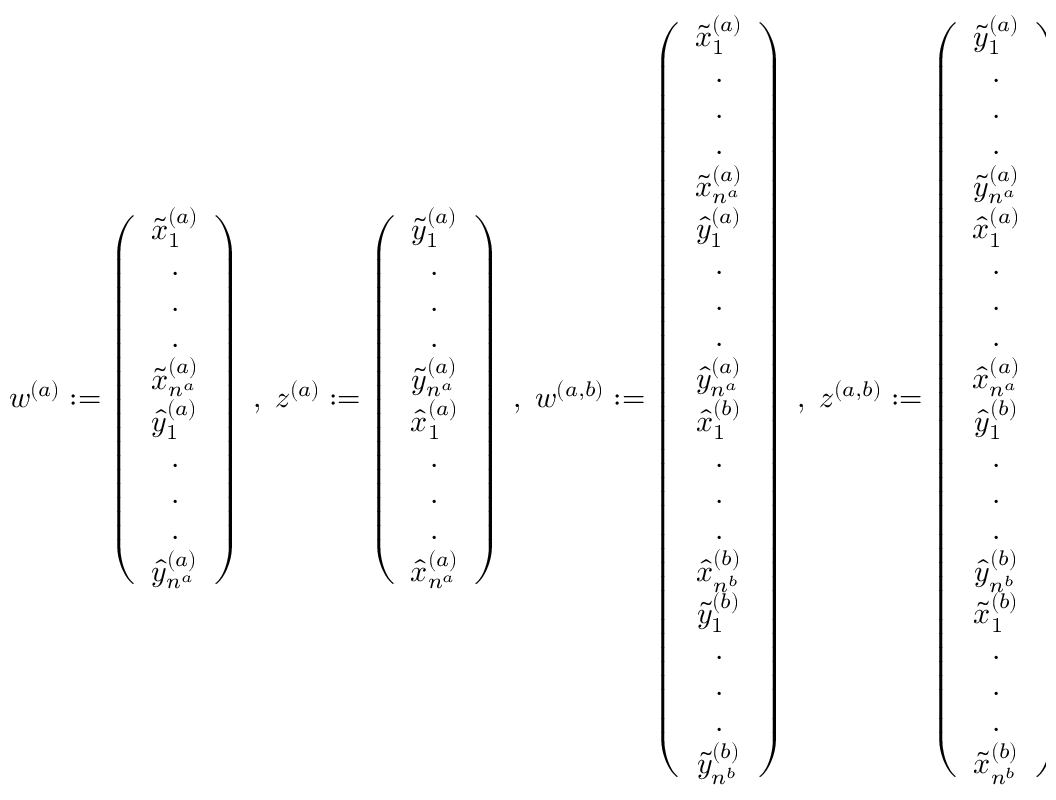
w ^ { ( a ) } : = \left( \begin{array} { c } { { \tilde { x } _ { 1 } ^ { ( a ) } } } \\ { { . } } \\ { { . } } \\ { { . } } \\ { { \tilde { x } _ { n ^ { a } } ^ { ( a ) } } } \\ { { \hat { y } _ { 1 } ^ { ( a ) } } } \\ { { . } } \\ { { . } } \\ { { . } } \\ { { \hat { y } _ { n ^ { a } } ^ { ( a ) } } } \end{array} \right) \; , \; z ^ { ( a ) } : = \left( \begin{array} { c } { { \tilde { y } _ { 1 } ^ { ( a ) } } } \\ { { . } } \\ { { . } } \\ { { . } } \\ { { \tilde { y } _ { n ^ { a } } ^ { ( a ) } } } \\ { { \hat { x } _ { 1 } ^ { ( a ) } } } \\ { { . } } \\ { { . } } \\ { { . } } \\ { { \hat { x } _ { n ^ { a } } ^ { ( a ) } } } \end{array} \right) \; , \; w ^ { ( a , b ) } : = \left( \begin{array} { c } { { \tilde { x } _ { 1 } ^ { ( a ) } } } \\ { { . } } \\ { { . } } \\ { { . } } \\ { { \tilde { x } _ { n ^ { a } } ^ { ( a ) } } } \\ { { \hat { y } _ { 1 } ^ { ( a ) } } } \\ { { . } } \\ { { . } } \\ { { . } } \\ { { \hat { y } _ { n ^ { a } } ^ { ( a ) } } } \\ { { \hat { x } _ { 1 } ^ { ( b ) } } } \\ { { . } } \\ { { . } } \\ { { . } } \\ { { \hat { x } _ { n ^ { b } } ^ { ( b ) } } } \\ { { \tilde { y } _ { 1 } ^ { ( b ) } } } \\ { { . } } \\ { { . } } \\ { { . } } \\ { { \tilde { y } _ { n ^ { b } } ^ { ( b ) } } } \end{array} \right) \; , \; z ^ { ( a , b ) } : = \left( \begin{array} { c } { { \tilde { y } _ { 1 } ^ { ( a ) } } } \\ { { . } } \\ { { . } } \\ { { . } } \\ { { \tilde { y } _ { n ^ { a } } ^ { ( a ) } } } \\ { { \hat { x } _ { 1 } ^ { ( a ) } } } \\ { { . } } \\ { { . } } \\ { { . } } \\ { { \hat { x } _ { n ^ { a } } ^ { ( a ) } } } \\ { { \hat { y } _ { 1 } ^ { ( b ) } } } \\ { { . } } \\ { { . } } \\ { { . } } \\ { { \hat { y } _ { n ^ { b } } ^ { ( b ) } } } \\ { { \tilde { x } _ { 1 } ^ { ( b ) } } } \\ { { . } } \\ { { . } } \\ { { . } } \\ { { \tilde { x } _ { n ^ { b } } ^ { ( b ) } } } \end{array} \right) \; .